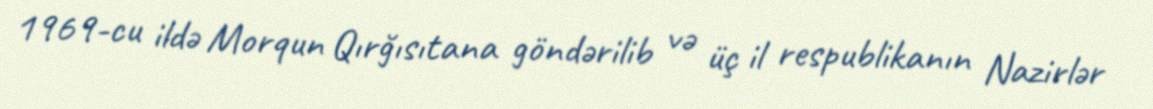
1969-cu ildə Morqun Qırğısıtana göndərilib və üç il respublikanın Nazirlər